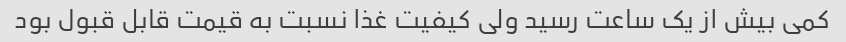
کمی بیش از یک ساعت رسید ولی کیفیت غذا نسبت به قیمت قابل قبول بود